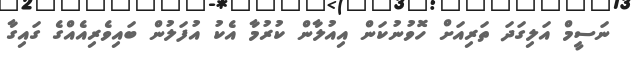
ނަސީމް އަލިގަދަ ތަރިއަށް ހޮވުނުކަން އިއުލާން ކުރުމާ އެކު އުފަލުން ބައިވެރިއެއްގެ ގައިގާ